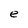
Character: e